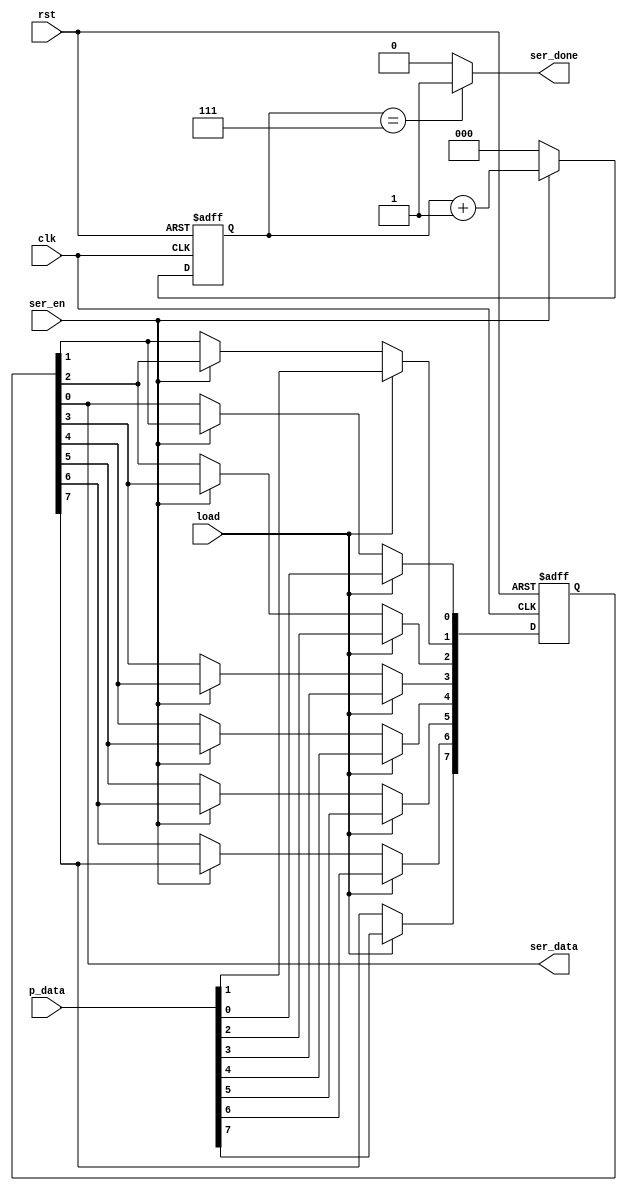
module serializer (clk, rst, p_data, ser_en, load, ser_done, ser_data);

input ser_en, load, clk, rst;
input [7:0] p_data;
//output reg ser_data/*, ser_done*/;
output wire ser_data;
output wire ser_done;

reg [7:0] ff;
reg [2:0] count;
reg done, data;

integer i;

always@(posedge clk or negedge rst)
begin
    if(!rst)
    ff <= 'b0;
    else if(load)
    ff <= p_data;
    else if (ser_en)
    begin
        for (i=7; i>0; i=i-1)
        ff[i-1] <= ff[i];
    end
    //data <= ff[0];
end

always@(posedge clk or negedge rst)
begin
    if(!rst)
    begin
        count <= 'b0;
    end
    else
    begin
        if (ser_en)
        count <= count + 1'b1;
        else
        count <= 'b0;
    end
    //done <= (count == 3'b111) ? 1'b1 : 1'b0;
end

assign ser_data = ff[0];
assign ser_done = (count == 3'b111) ? 1'b1 : 1'b0; //done;

endmodule